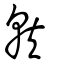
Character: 就